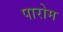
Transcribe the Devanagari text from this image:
पारोम